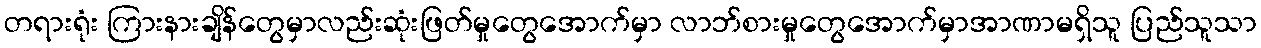
တရားရုံး ကြားနားချိန်တွေမှာလည်းဆုံးဖြတ်မှုတွေအောက်မှာ လာဘ်စားမှုတွေအောက်မှာအာဏာမရှိသူ ပြည်သူသာ